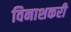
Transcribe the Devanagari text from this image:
विनाशकरी